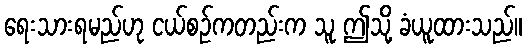
ရေးသားရမည်ဟု ငယ်စဉ်ကတည်းက သူ ဤသို့ ခံယူထားသည်။